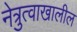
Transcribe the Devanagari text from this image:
नेत्रुत्वाखालील